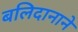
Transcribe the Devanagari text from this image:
बलिदानाने